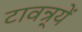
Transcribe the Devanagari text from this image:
टावन्र्यें